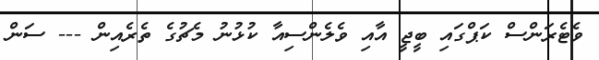
ވެޓެރަންސް ކަޕްގައި ބީޖީ އާއި ވެލެންސިއާ ކުޅުނު މެޗުގެ ތެރެއިން --- ސަން